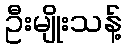
ဦးမျိုးသန့်